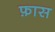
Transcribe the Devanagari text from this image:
फ़ास